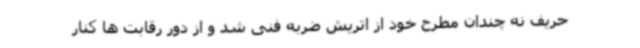
حریف نه چندان مطرح خود از اتریش ضربه فنی شد و از دور رقابت ها کنار